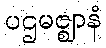
ပဌမဇ္ဈာနံ